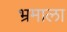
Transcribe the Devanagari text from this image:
भ्रमाला